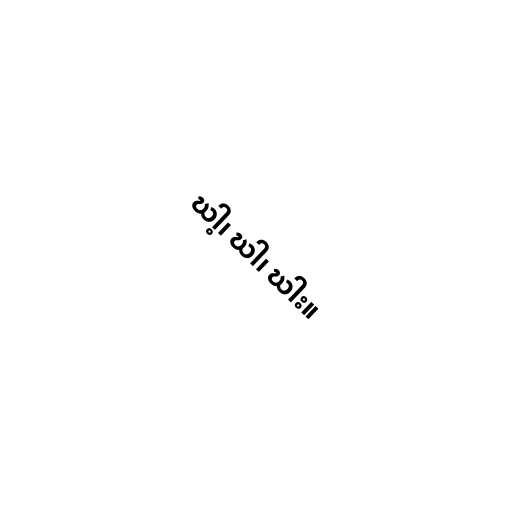
ဃါ့၊ ဃါ၊ ဃါး။